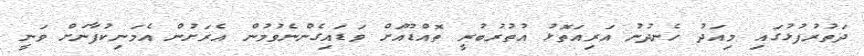
ދަތުރުފުޅުގައި މިއަދު ހެނދުނު އަރިއަތޮޅު އުތުރުބުރީ ތޮއްޑޫއަށް ވަޑައިގެންނެވުމުން އެރަށުން އެމަނިކުފާނަށް ވަނީ